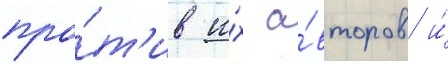
про́т'ив и́х а́второв и́